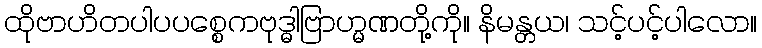
ထိုဗာဟိတပါပပစ္စေကဗုဒ္ဓါဗြာဟ္မဏတို့ကို။ နိမန္တယ၊ သင့်ပင့်ပါလော။